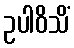
ဥပါဝိသိံ